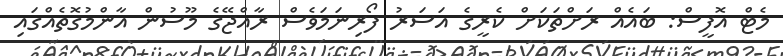
މެޓް އޮފީސް: ބައެއް ރަށްތަކަށް ކެރީގެ އަސަރު ފޯރިނަމަވެސް ރާއްޖޭގެ މޫސުން އާންމުގޮތެއްގައި